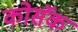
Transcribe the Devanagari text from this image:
कोसॅक